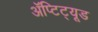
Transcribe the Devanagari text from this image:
ॲप्टिट्यूड